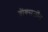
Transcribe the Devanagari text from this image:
ब्रोंक्सजॉन